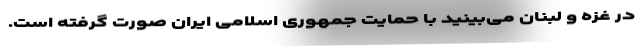
در غزه و لبنان می‌بینید با حمایت جمهوری اسلامی ایران صورت گرفته است.